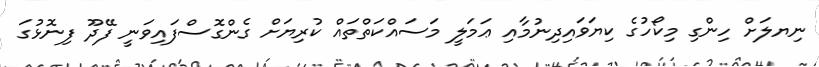
ނިޔލަށް ހިންގި މިކޯހުގެ ކިޔަވައިދިނުމާއި ޢަމަލީ މަސައްކަތްތައް ކުރިޔަށް ގެންގޮސްފައިވަނީ ފޭދޫ ފިނޮޅުގަ